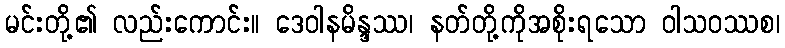
မင်းတို့၏ လည်းကောင်း။ ဒေဝါနမိန္ဒဿ၊ နတ်တို့ကိုအစိုးရသော ဝါသဝဿစ၊